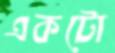
একটো